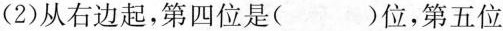
(2)从右边起，第四位是()位，第五位